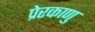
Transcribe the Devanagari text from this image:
प्रेरकाणु